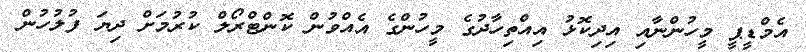
އެމްޑީޕީ މީހުންނާއި އިދިކޮޅު އިއްތިހާދުގެ މީހުންގެ އެއްވުން ކޮންޓްރޯލް ކުރުމަށް ދިޔަ ފުލުހުން